Report on vaccination for the Province of Oudh 1873 -
Year: 1873
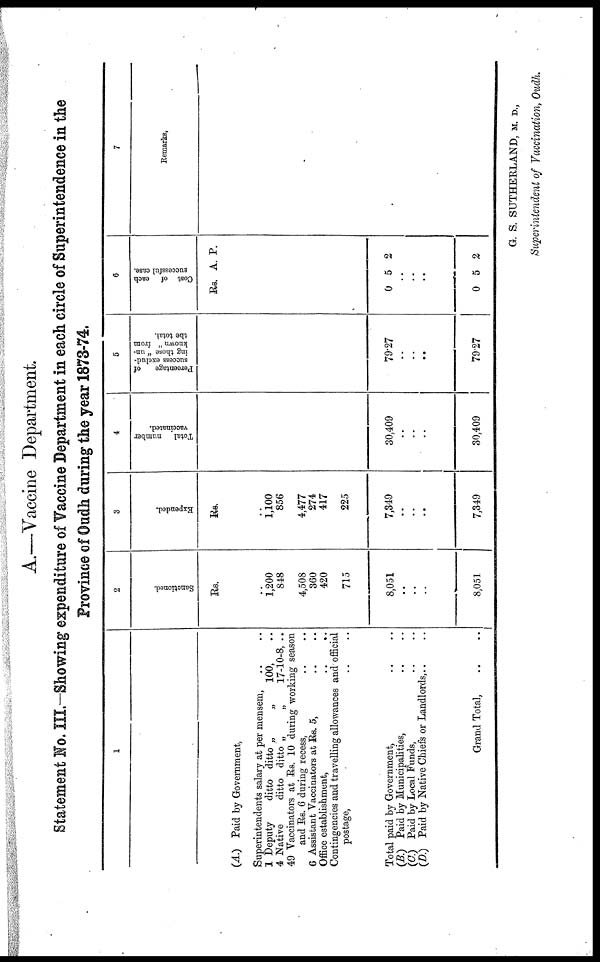
A.—Vaccine Department.
Statement No. III.—Showing expenditure of Vaccine Department in each circle of Superintendence in the
Province of Oudh during the year 1873-74.
1
(A.) Paid by Government,
Superintendents salary at per mensem, .. ..
1 Deputy
ditto ditto „
„
100,
4 Native
ditto ditto „
„
17-10-8, ..
49 Vaccinators at Rs. 10 during working season
and Rs. 6 during recess, .. ..
6 Assistant Vaccinators at Rs. 5, .. ..
Office establishment,
..
..
Contingencies and travelling allowances and official
postage, .. ..
Total paid by Government, .. ..
(B.) Paid by Municipalities, .. ..
(C.) Paid by Local Funds, .. ..
(D.) Paid by Native Chiefs or Landlords,..
Grand Total, .. ..
2
Sanctioned.
Rs.
..
1,200
848
4,508
360
420
715
8,051
..
..
..
8,051
3
Expended.
Rs.
..
1,100
856
4,477
274
417
225
7,349
..
..
..
7,349
4
Total
number
vaccinated.
30,409
..
..
..
30,409
5
Percentage
of
success exclud-
ing those " un-
known " from
the total.
79.27
..
..
..
79.27
6
Cost of each
successful case.
Rs. A. P.
0 5 2
..
..
..
0 5 2
7
Remarks.
G. S. SUTHERLAND, M. D.,
Superintendent of Vaccination, Oudh.